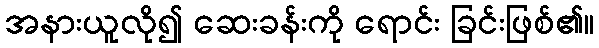
အနားယူလို၍ ဆေးခန်းကို ရောင်း ခြင်းဖြစ်၏။